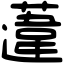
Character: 𨗨